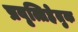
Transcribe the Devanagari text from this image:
प्रवृत्तिहेतुक